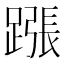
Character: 𨄰